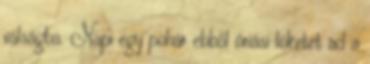
válságba. Napi egy pohár ebből óriási löketet ad a